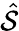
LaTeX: \hat{\mathcal S}